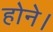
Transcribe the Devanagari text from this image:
होने।